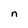
Character: n